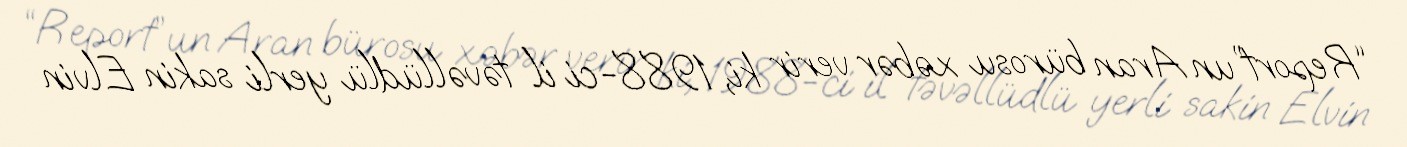
“Report”un Aran bürosu xəbər verir ki, 1988-ci il təvəllüdlü yerli sakin Elvin